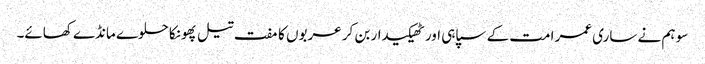
سو ہم نے ساری عمر امت کے سپاہی اور ٹھیکیدار بن کر عربوں کا مفت تیل پھونکا حلوے مانڈے کھائے۔